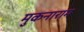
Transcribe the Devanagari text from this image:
मुकनाराम